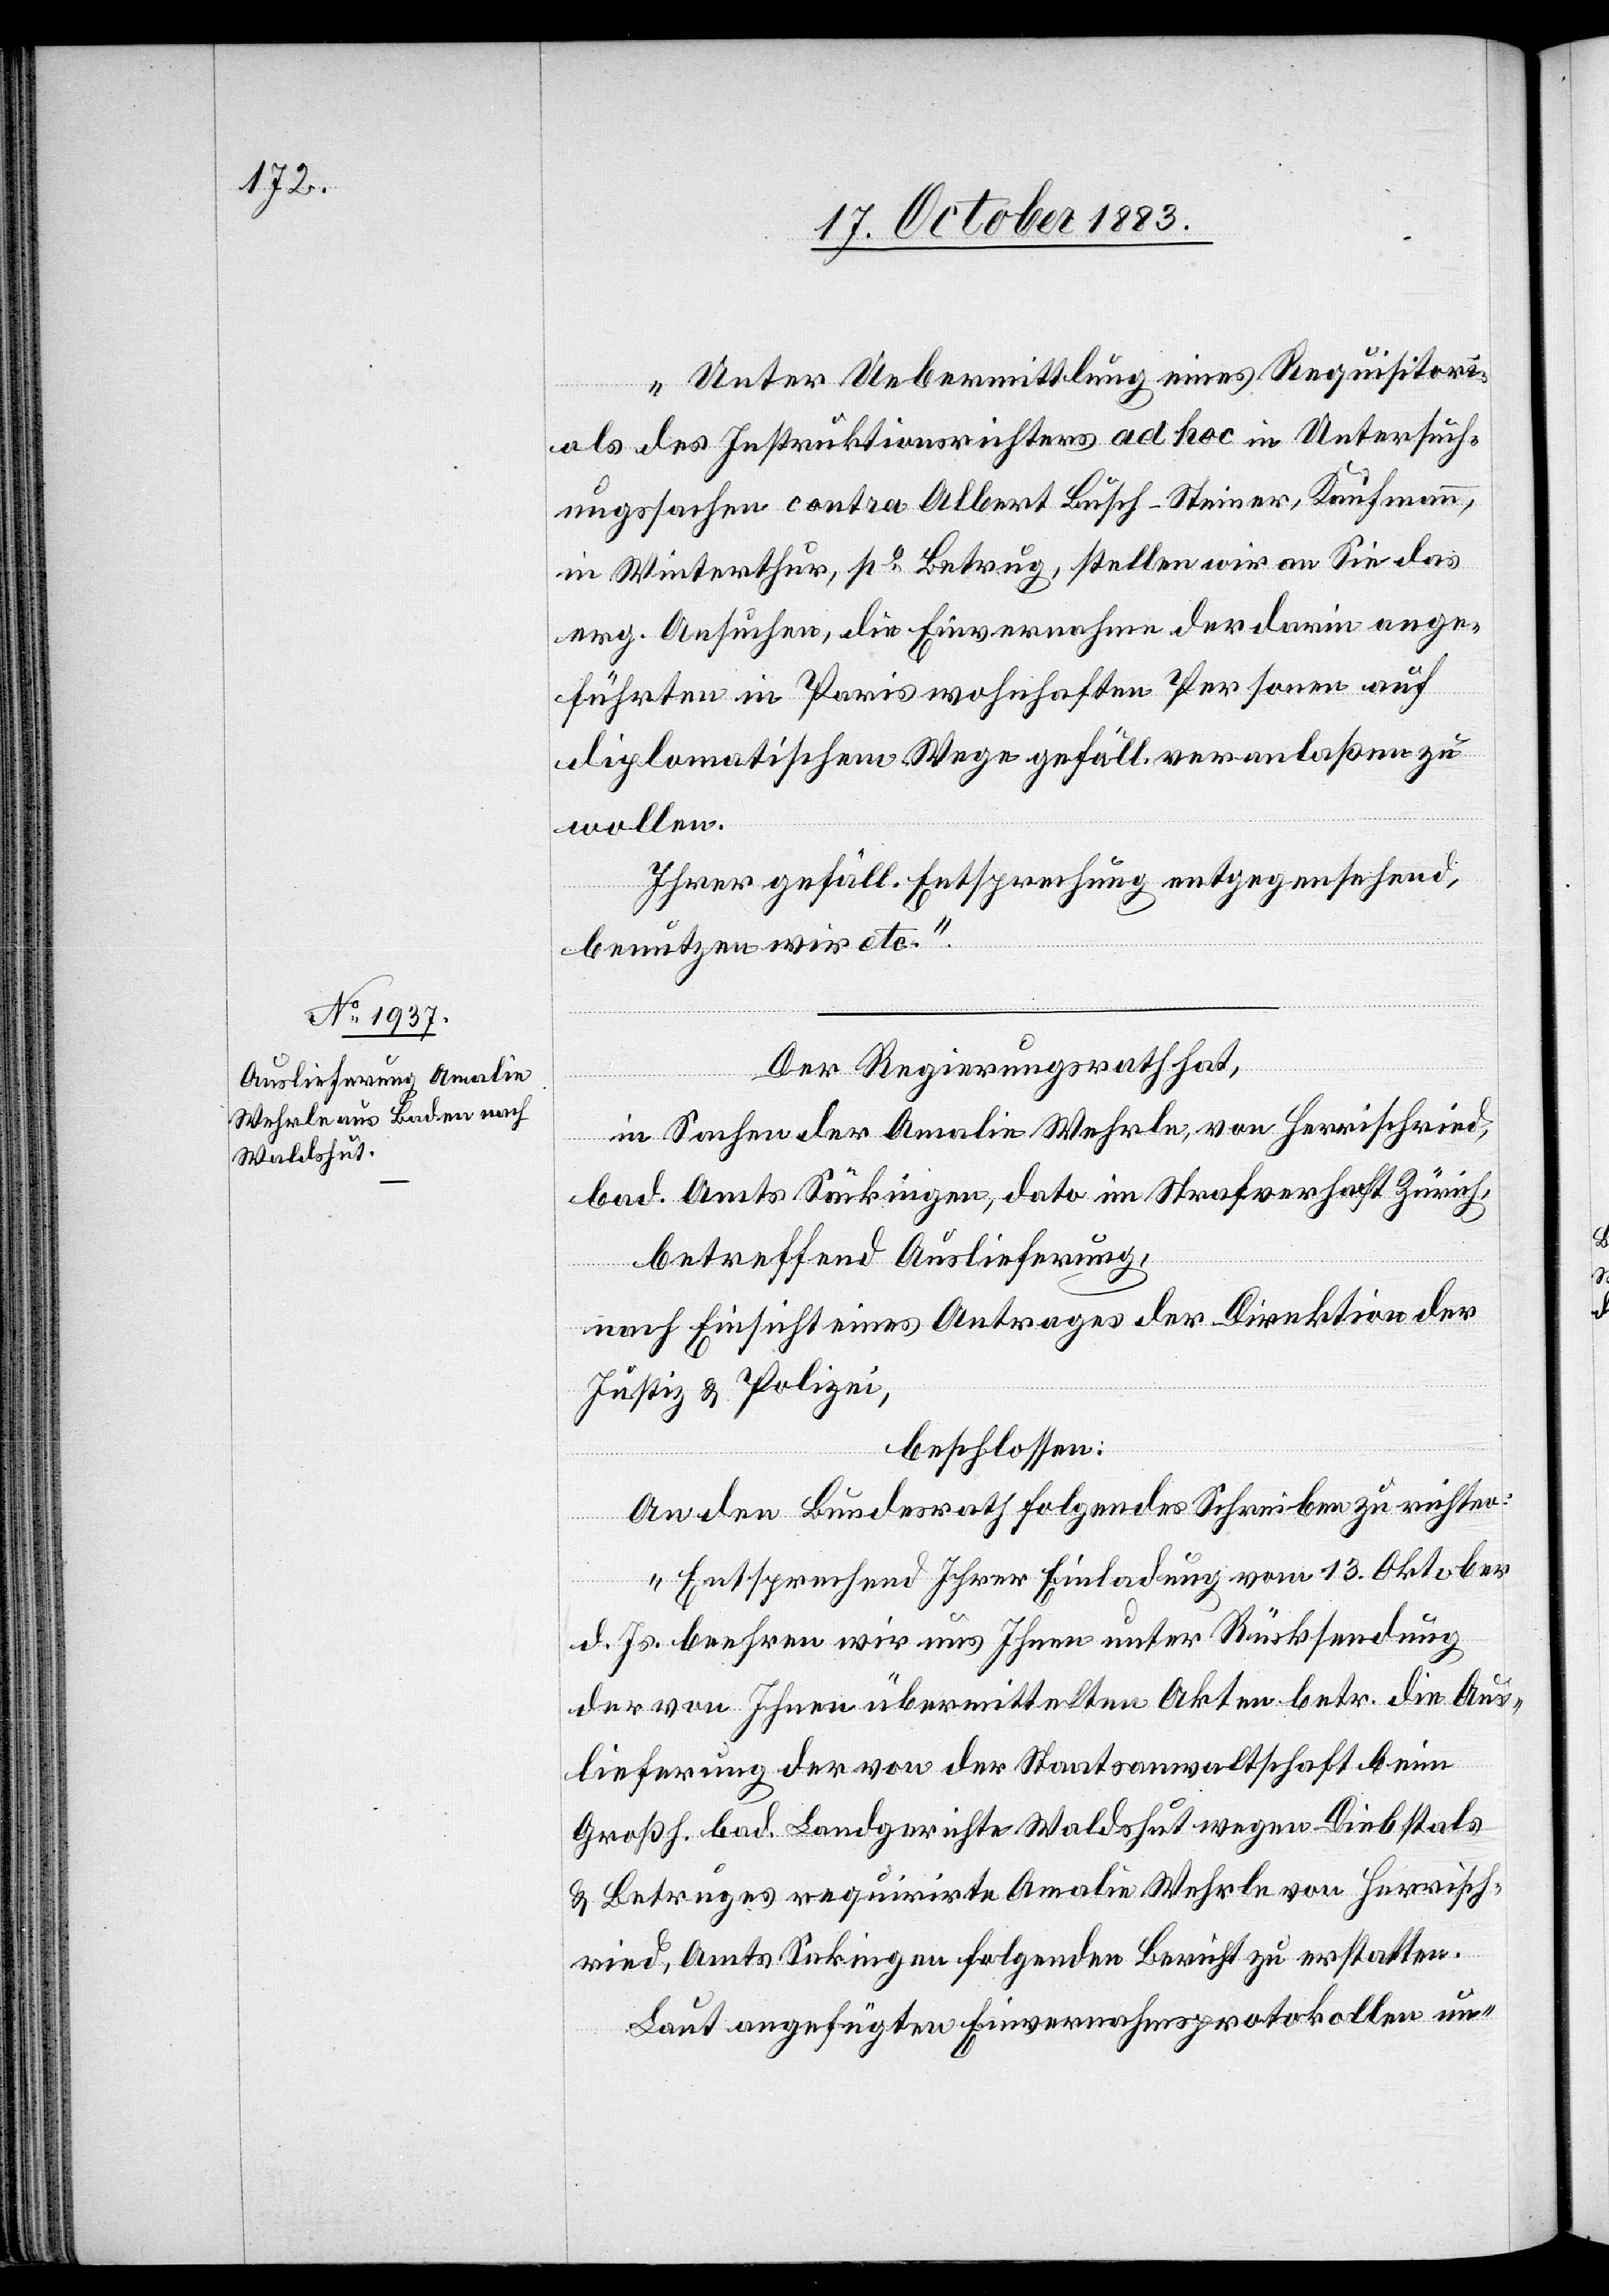
„Unter Uebermittlung eines Requisitori¬
als des Instruktionsrichters ad hoc in Untersuch¬
ungssachen contra Albert Busch-Steiner, Kaufmann,
in Winterthur, po Betrug, stellen wir an Sie das
erg. Ansuchen, die Einvernahme der darin ange¬
führten in Paris wohnhaften Personen auf
diplomatischem Wege gefäll. veranlaßen zu
wollen.
Ihrer gefäll. Entsprechung entgegensehend,
benutzen wir etc.“
Der Regierungsrath hat,
in Sachen der Amalie Wehrle, von Herrischried,
bad. Amts Säckingen, dato im Strafverhaft Zürich,
betreffend Auslieferung,
nach Einsicht eines Antrages der Direktion der
Justiz & Polizei,
beschlossen:
An den Bundesrath folgendes Schreiben zu richten:
„Entsprechend Ihrer Einladung vom 13. Oktober
d. Js. beehren wir uns Ihnen unter Rücksendung
der von Ihnen übermittelten Akten betr. die Aus¬
lieferung der von der Staatsanwaltschaft beim
Großh. bad. Landgerichte Waldshut wegen Diebstals
& Betruges requirite Amalie Wehrle von Herrisch¬
ried, Amts Seckingen folgenden Bericht zu erstatten:
Laut angeführten Einvernahmsprotokollen un-